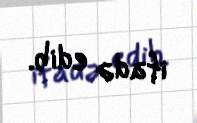
ifadə edib.